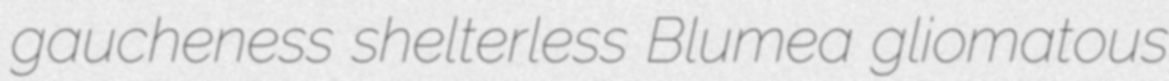
gaucheness shelterless Blumea gliomatous